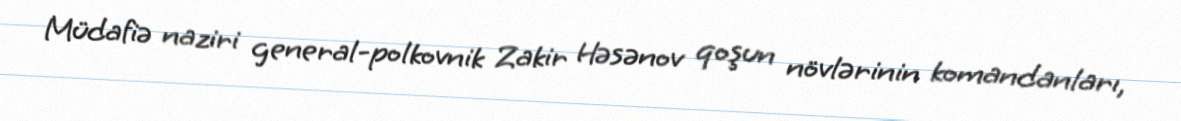
Müdafiə naziri general-polkovnik Zakir Həsənov qoşun növlərinin komandanları,